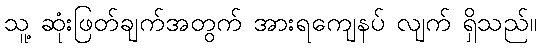
သူ့ ဆုံးဖြတ်ချက်အတွက် အားရကျေနပ် လျက် ရှိသည်။